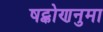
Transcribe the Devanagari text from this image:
षट्कोणनुमा